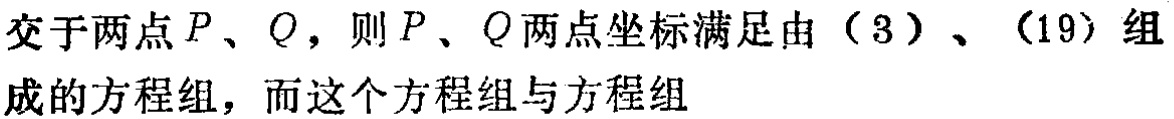
交于两点\(P\)、\(Q\)，则\(P\)、\(Q\)两点坐标满足由（3）、（19）组成的方程组，而这个方程组与方程组